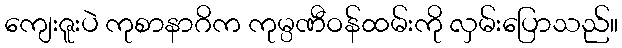
ကျေးဇူးပဲ ကုစာနာဂိက ကုမ္ပဏီဝန်ထမ်းကို လှမ်းပြောသည်။